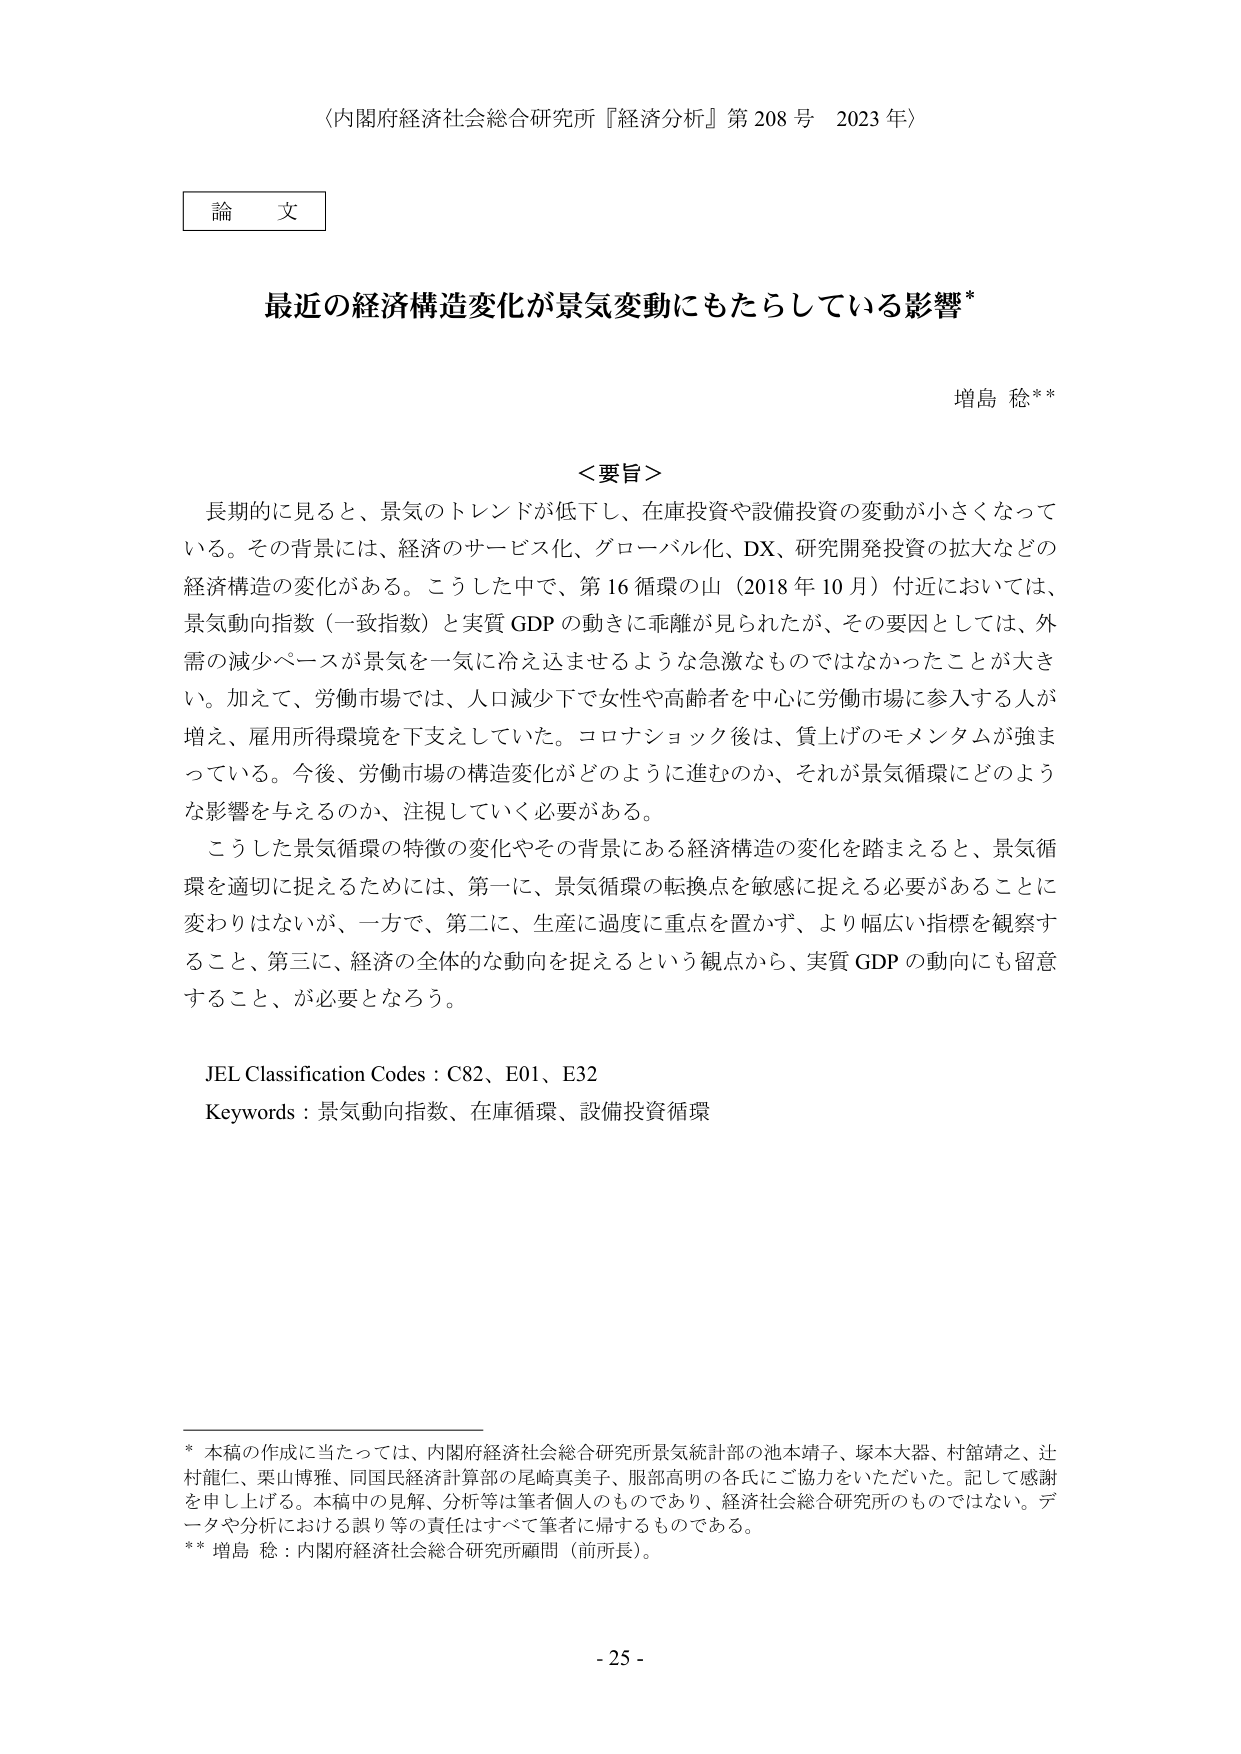
〈内閣府経済社会総合研究所『経済分析』第208号 2023年〉

論文

最近の経済構造変化が景気変動にもたらしている影響*

増島 稔**

＜要旨＞
長期的に見ると、景気のトレンドが低下し、在庫投資や設備投資の変動が小さくなって
いる。その背景には、経済のサービス化、グローバル化、DX、研究開発投資の拡大などの
経済構造の変化がある。こうした中で、第16循環の山（2018年10月）付近においては、
景気動向指数（一致指数）と実質GDPの動きに乖離が見られたが、その要因としては、外
需の減少ペースが景気を一気に冷え込ませるような急激なものではなかったことが大き
い。加えて、労働市場では、人口減少下で女性や高齢者を中心に労働市場に参入する人が
増え、雇用所得環境を下支えしていた。コロナショック後は、賃上げのモメンタムが強ま
っている。今後、労働市場の構造変化がどのように進むのか、それが景気循環にどのよう
な影響を与えるのか、注視していく必要がある。
こうした景気循環の特徴の変化やその背景にある経済構造の変化を踏まえると、景気循
環を適切に捉えるためには、第一に、景気循環の転換点を敏感に捉える必要があることに
変わりはないが、一方で、第二に、生産に過度に重点を置かず、より幅広い指標を観察す
ること、第三に、経済の全体的な動向を捉えるという観点から、実質GDPの動向にも留意
すること、が必要となろう。

JEL Classification Codes : C82、E01、E32
Keywords : 景気動向指数、在庫循環、設備投資循環

* 本稿の作成に当たっては、内閣府経済社会総合研究所景気統計部の池本靖子、塚本大器、村舘靖之、辻
村龍仁、栗山博雅、同国民経済計算部の尾崎真美子、服部高明の各氏にご協力をいただいた。記して感謝
を申し上げる。本稿中の見解、分析等は筆者個人のものであり、経済社会総合研究所のものではない。デ
ータや分析における誤り等の責任はすべて筆者に帰するものである。
** 増島 稔：内閣府経済社会総合研究所顧問（前所長）。

- 25 -